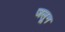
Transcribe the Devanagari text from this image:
जलून